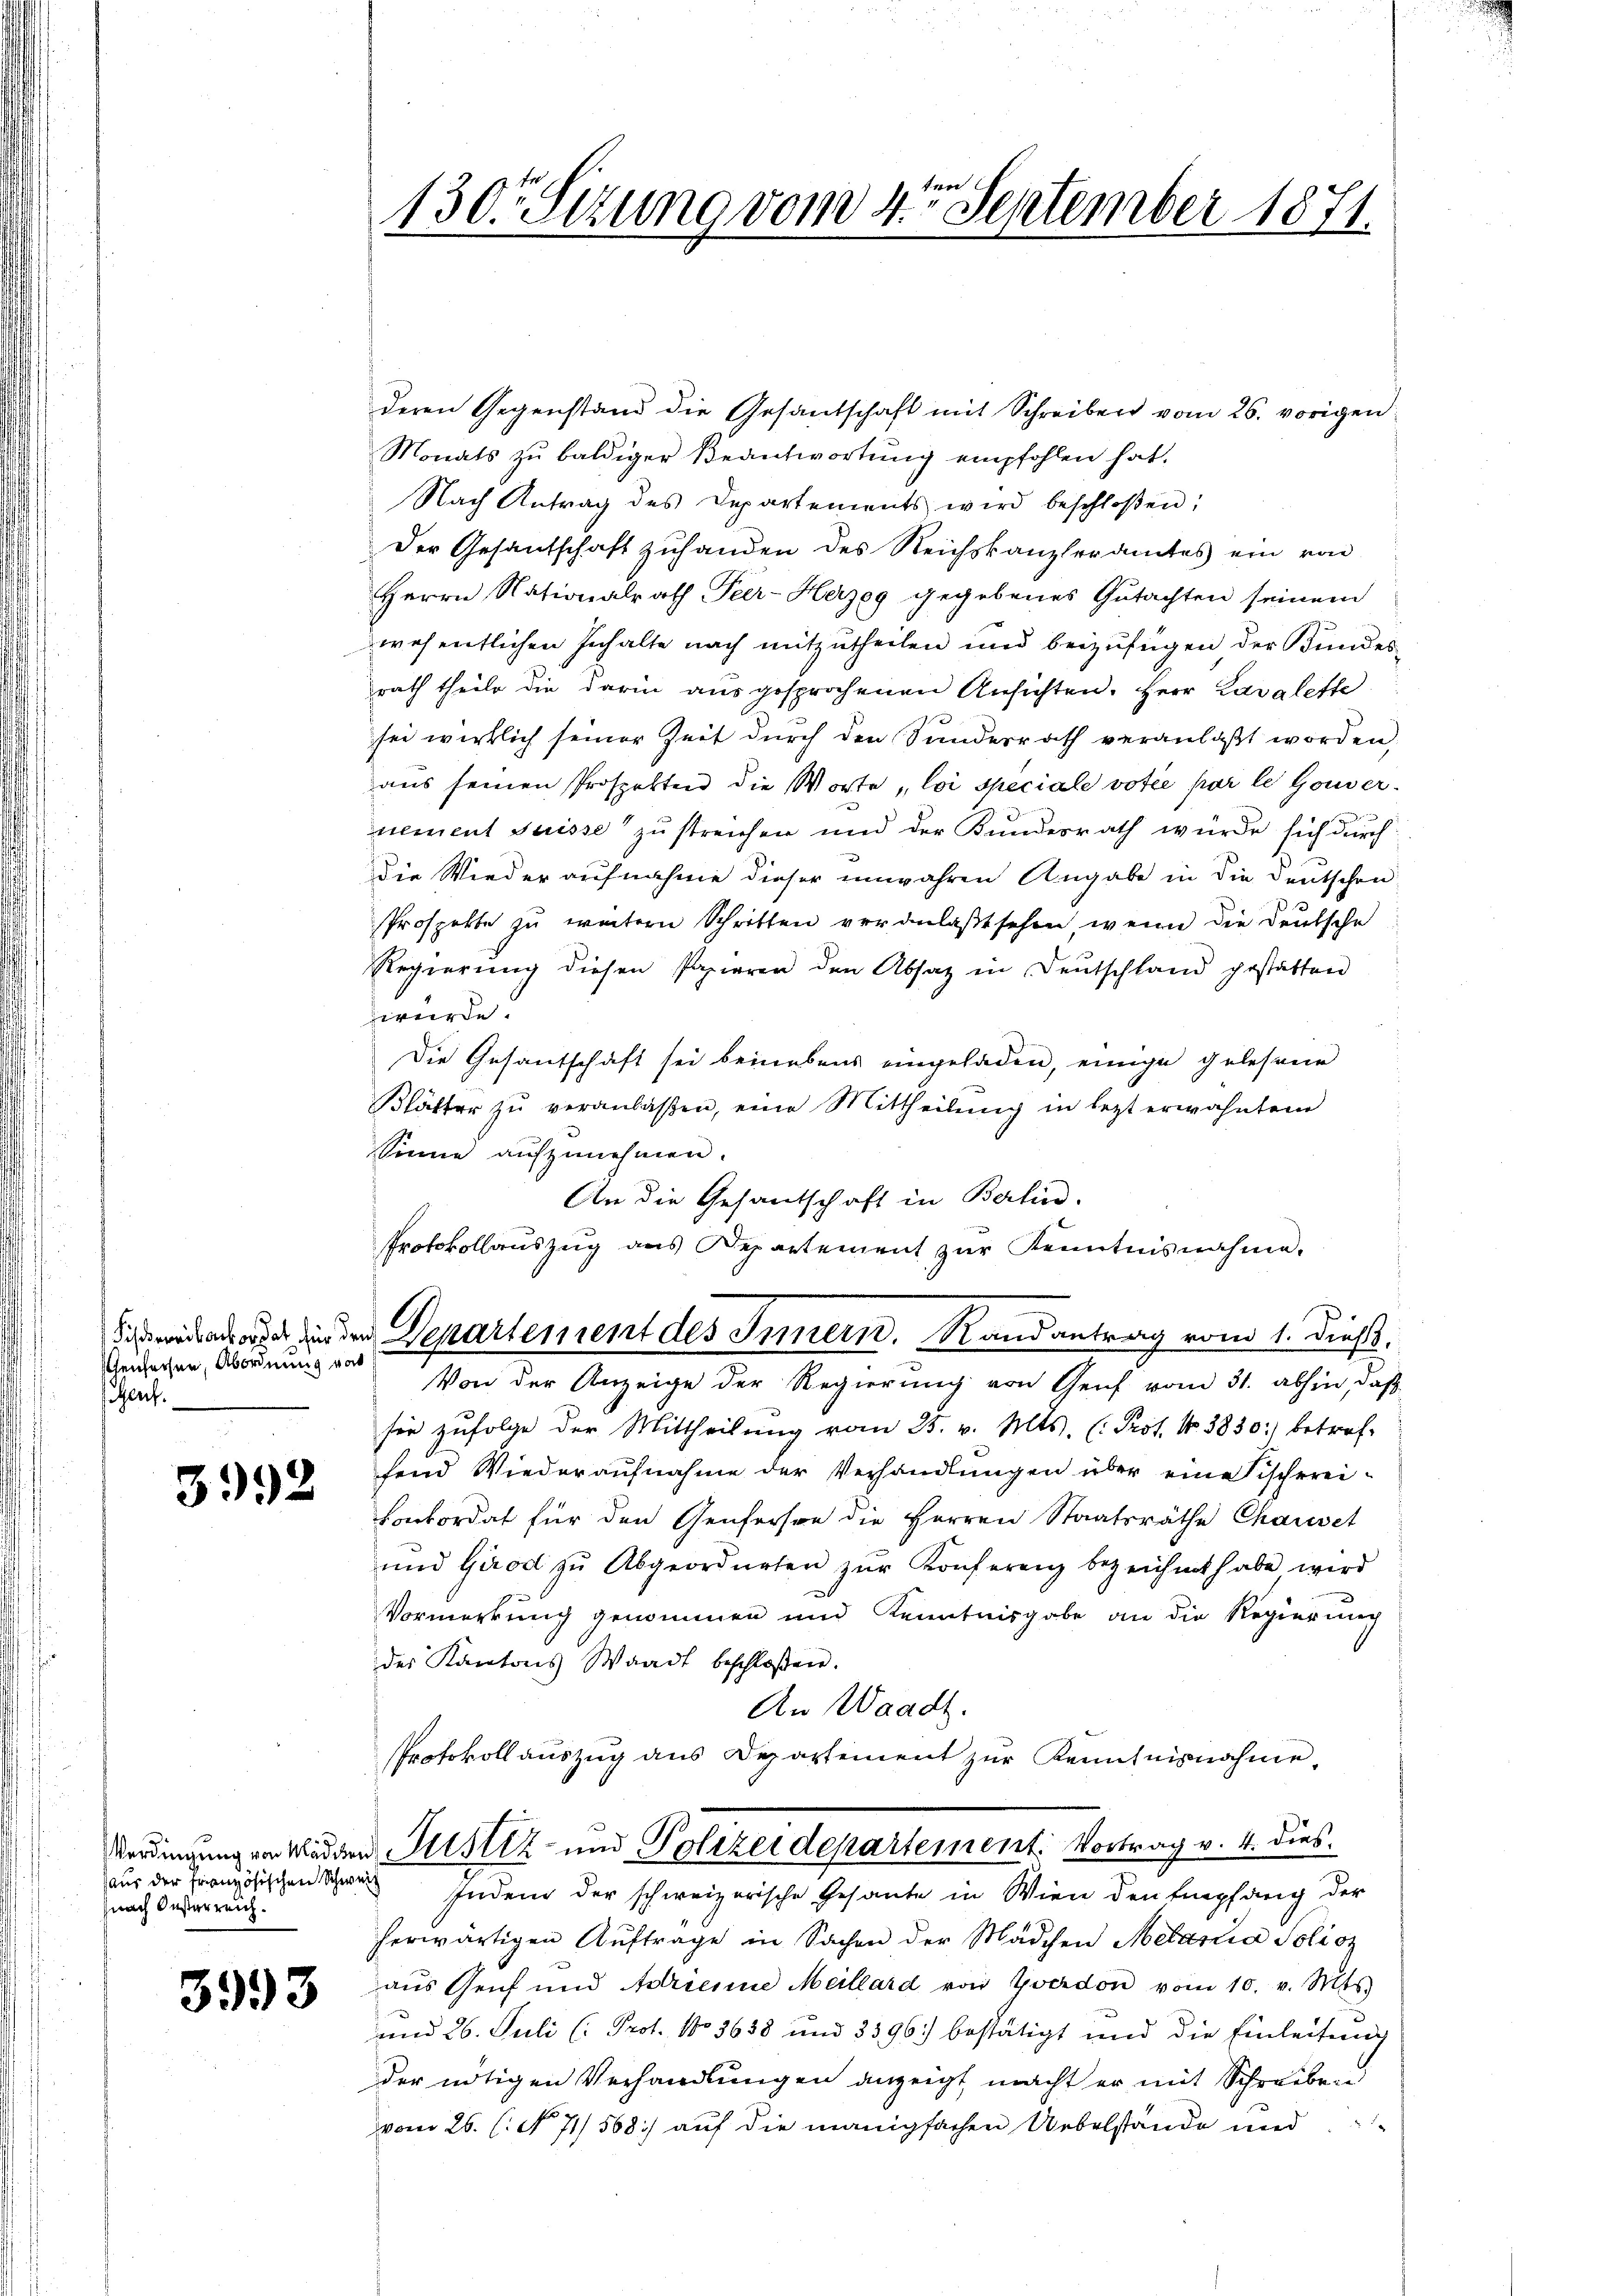
Gensachen, Abordnung vor
Genf.

3992

aus der Französischen Schweiz
nach Oesterreich.

3993

n
130. Sitzung vom 4. September 1871.

deren Gegenstand die Gesandschaft mit Schreiben vom 26. vorigen
Monats zu baldiger Beantwortung empfohlen hat.
Nach Antrag des Departements wird beschloßen:
Der Gesantschaft zuhanden des Reichskanzleramtes ein von
Herrn Nationalrath Peer-Herzeg gegebenes Gutachten seinem
wesentlichen Inhalte nach mitzŭtheilen und beizufügen der Kundes-
rath theile die darin ausgesprochenen Ansichten. Herr Lavalette
sei wirklich seiner Zeit durch den Sundesrath veranlaßt worden,
aus seinen Prospekten die Worte „loi speciale votie par le Gouvernement Suisse zu streichen und der Kundesrath würde sich durch
die Wiederaufnahme dieser unwahren Angabe in die Deutschen
Prospekte zu weitern Schritten veranlaßt sehen, wenn die Deutsche
Regierung diesen Papieren den Absatz in Deutschland gestatten
dwürde.
Die Gesantschaft sei beinebens eingeladen, einige gelesene
Blätter zu veranlaßen, eine Mittheilung in letzt erwähntem
Sinne aufzunehmen.
An die Gesantschaft in Berlin.
Protokollauszug aus Departement zŭr Kenntnisnahme.
sieden in den Departement des Innern. Randantrag vom 1. dieß,
Von der Anzeige der Regierung von Genf vom 31. abhin, daß
sor zŭfolge der Mittheilŭng vom 25. v. Mts. (: Prot. No. 3830) betref-
fend Wiederaufnahme der Verhandlungen über eine Fischerei-
Conkordat für den Genferson die Herren Staatsräthe Chauset
und Girod zu Abgeordneten zŭr Konferenz bezeichnet habe, wird
Vormerkung genommen und Kenntnisgabe an die Regierung
der Kantons Waadt beschlossen.
An Waadt.
Protokollauszug aus Departement zur Kenntnisnahme,
Verdingungen weder Justiz und Polizeidepartement. Vortrag v. 4. dies¬
Indem der schweizerische Gesante in Wien den Empfang der
herwärtigen Auftrage in Sachen der Mädchen Metaria Poliz
aus Genf und Adrienne Meillard von Yverdon vom 10. v. Mts.
und 26. Juli (: Prof. No 3638 und 3396) bestätigt und die Einleitung
der nötigen Verhandlungen anzeigt macht er mit Schreiben
vom 26. (: No 71/ 568.) auf die manigfachen Uebelstände und